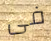
فى